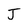
Character: J